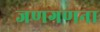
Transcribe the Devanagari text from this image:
जणगणना